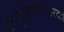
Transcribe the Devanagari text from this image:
वेणुवाद्यविशारदः।